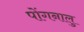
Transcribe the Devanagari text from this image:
पोंगनालु